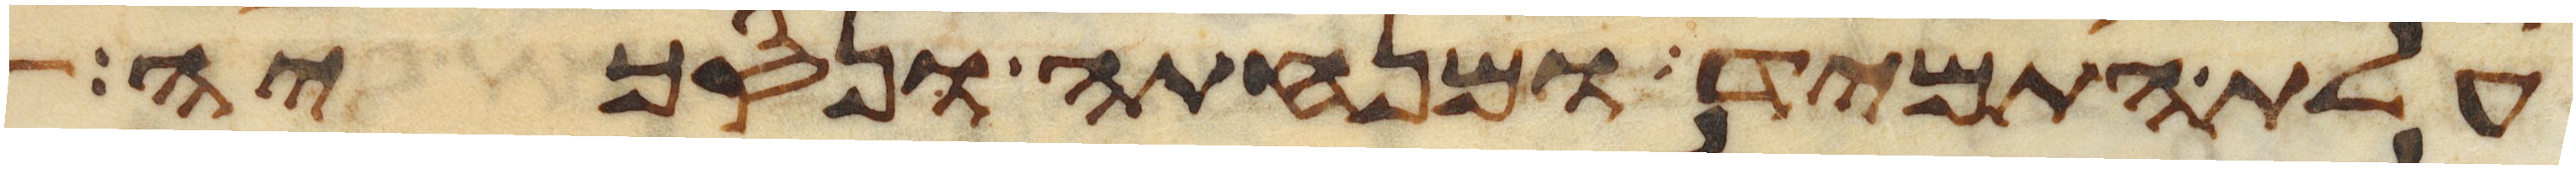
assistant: עלת התמיד ומנחתה ונסכיה